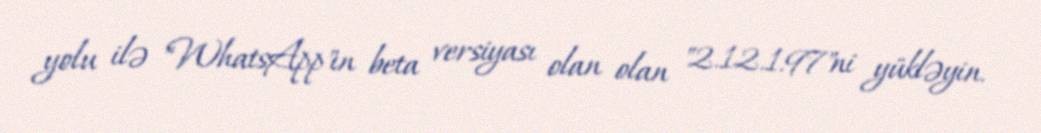
yolu ilə "WhatsApp"ın beta versiyası olan olan "2.12.1.97"ni yükləyin.